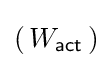
(\,W_{\mathsf {act}}\,)